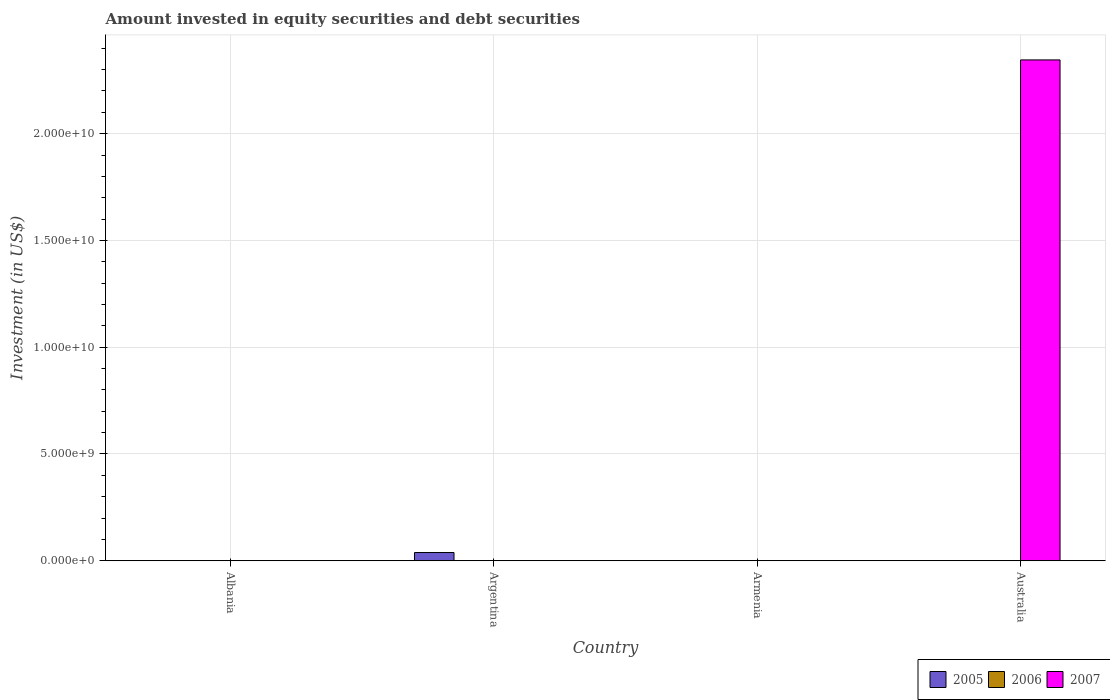
| Country | 2005 | 2006 | 2007 |
 | --- | --- | --- | --- |
 | Albania | 5.66e+06 | -3.42e+07 | -2.58e+07 |
 | Argentina | 3.86e+08 | -7.82e+09 | -7.07e+09 |
 | Armenia | 2.79e+06 | -9.35e+06 | 8.01e+06 |
 | Australia | -3.27e+10 | -5.23e+10 | 2.35e+10 |